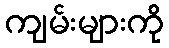
ကျမ်းများကို